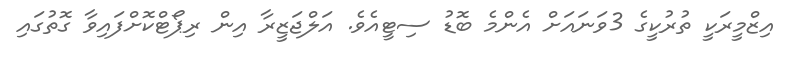
އިޒްމީރަކީ ތުރުކީގެ 3ވަނައަށް އެންމެ ބޮޑު ސިޓީއެވެ. އަލްޖަޒީރާ އިން ރިޕޯޓްކޮށްފައިވާ ގޮތުގައި